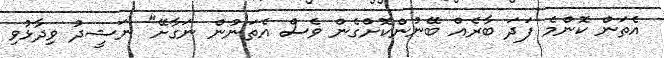
އެތަން ކޮންމެ ފަދަ ބާރެއް ބޭނުންކޮށްގެން ވެސް އެތަނުން ނަގާށޭ" ނަޝީދު ވިދާޅުވި